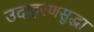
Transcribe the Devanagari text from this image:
उदाहरणसुद्धा